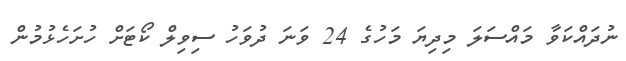
ނުދައްކަވާ މައްސަލަ މިދިޔަ މަހުގެ 24 ވަނަ ދުވަހު ސިވިލް ކޯޓަށް ހުށަހެޅުމުން